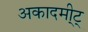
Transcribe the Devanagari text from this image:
अकादमी्ट्